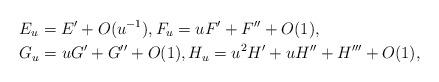
LaTeX: \begin{align*}&E_u=E'+O(u^{-1}), F_u=uF'+F''+O(1),\\& G_u=uG'+G''+O(1),H_u=u^2H'+uH''+H'''+O(1),\end{align*}